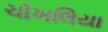
ચોખલિયા